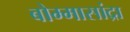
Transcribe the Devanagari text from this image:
बोम्मासांद्रा